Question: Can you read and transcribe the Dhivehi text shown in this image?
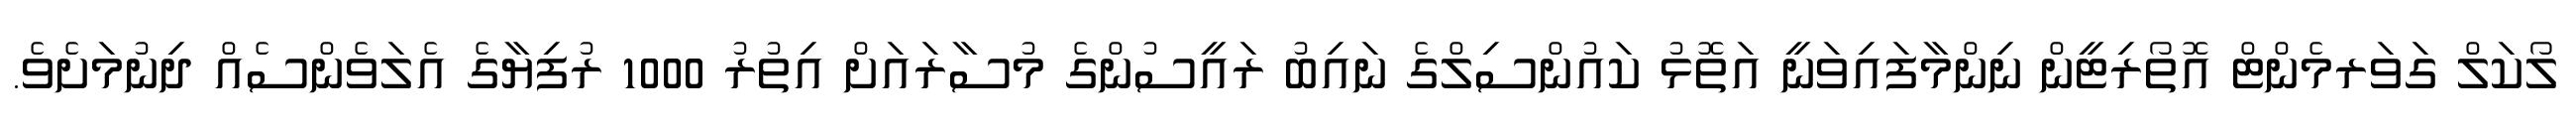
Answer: ލޯކަލް ގަވަރމެންޓް އޮތޯރިޓީން ނިންމާފައިވަނީ އަތޮޅު ކައުންސިލްގެ ނައިބު ރައީސުންގެ މުސާރައަށް އިތުރު 1000 ރުފިޔާގެ އެލަވެންސެއް ދިނުމަށެވެ.